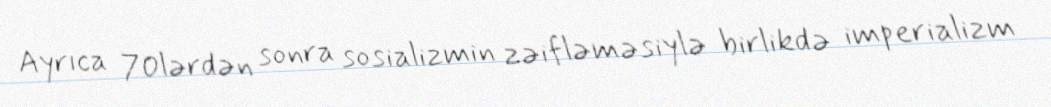
Ayrıca 70lərdən sonra sosializmin zəifləməsiylə birlikdə imperializm